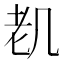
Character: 𱻨